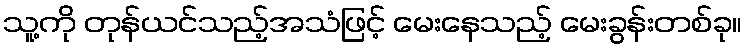
သူ့ကို တုန်ယင်သည့်အသံဖြင့် မေးနေသည့် မေးခွန်းတစ်ခု။